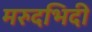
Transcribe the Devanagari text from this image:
मरुदभिदी